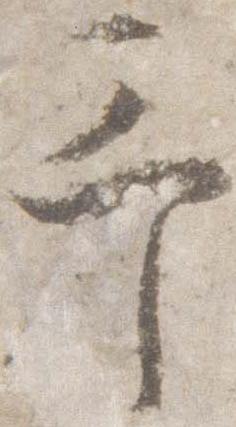
予